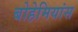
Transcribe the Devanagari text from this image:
बोहेमियांस